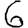
Digit: 6